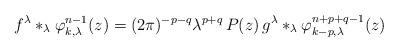
LaTeX: \begin{align*} f^\lambda \ast_\lambda \varphi_{k,\lambda}^{n-1}(z) = (2\pi)^{-p-q} \lambda^{p+q}\, P(z) \, g^\lambda \ast_\lambda \varphi_{k-p,\lambda}^{n+p+q-1}(z) \end{align*}